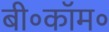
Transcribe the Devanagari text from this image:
बी॰कॉम॰